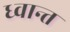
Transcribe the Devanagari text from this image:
ध्वान्त